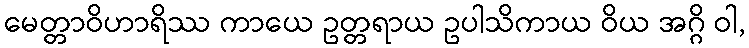
မေတ္တာဝိဟာရိဿ ကာယေ ဥတ္တရာယ ဥပါသိကာယ ဝိယ အဂ္ဂိ ဝါ,